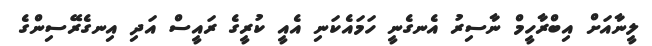
ލީނާއަށް އިބްރާހީމް ނާސިރު އެނގެނީ ހަމައެކަނި އެއީ ކުރީގެ ރައީސް އަދި އިނގެރޭސިންގެ